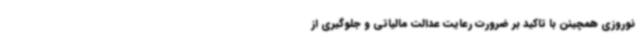
نوروزی همچینن با تاکید بر ضرورت رعایت عدالت مالیاتی و جلوگیری از